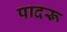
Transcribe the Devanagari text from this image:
पादरू